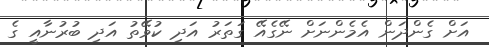
އަށް ގެންދަން އެމެންނަށް ނޭގެއޭ ގަތަރު އަދި ކުވޭތު އަދި ބުރުނާއީ ގެ